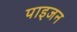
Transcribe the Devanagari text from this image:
पाइजन